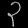
Digit: ၃